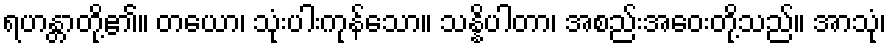
ရဟန္တာတို့၏။ တယော၊ သုံးပါးကုန်သော။ သန္နိပါတာ၊ အစည်းအဝေးတို့သည်။ အာသုံ၊